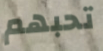
تحبهم